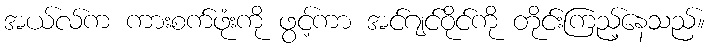
အယ်လ်က ကားစက်ဖုံးကို ဖွင့်ကာ အင်ဂျင်ဝိုင်ကို တိုင်းကြည့်နေသည်။